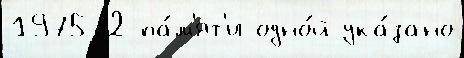
197572 па́м'ят'и одно́й ука́зано